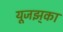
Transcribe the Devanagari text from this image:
यूजझ्‌का